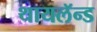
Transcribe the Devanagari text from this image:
थायलॅन्ड